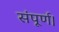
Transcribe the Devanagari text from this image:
संपूर्ण।